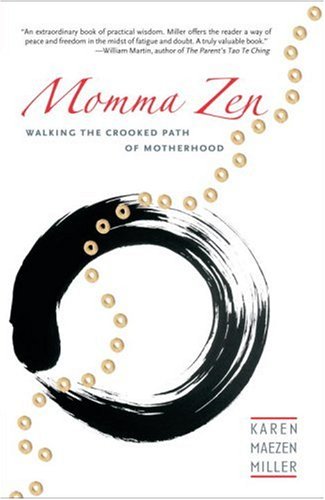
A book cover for Momma Zen: Walking the Crooked Path of Motherhood; Karen Maezen Miller; Religion & Spirituality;